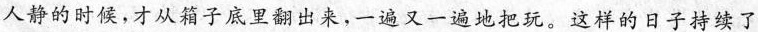
人静的时候，才从箱子底里翻出来,一遍又一遍地把玩。这样的日子持续了